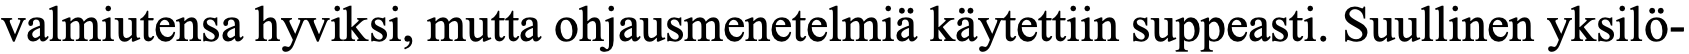
valmiutensa hyviksi, mutta ohjausmenetelmiä käytettiin suppeasti. Suullinen yksilö-